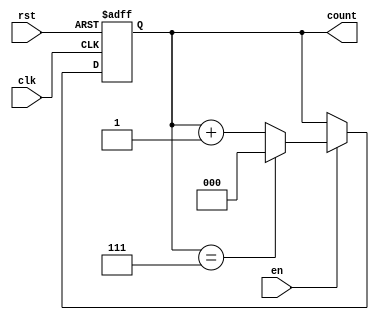
module windowed_counter #(
    parameter WINDOW_SIZE = 8  // Parameter for the window size (max count value)
)(
    input wire clk,             // Clock signal
    input wire rst,             // Asynchronous reset signal
    input wire en,              // Enable signal
    output reg [$clog2(WINDOW_SIZE)-1:0] count // Count output
);

// Asynchronous reset and counting logic
always @(posedge clk or posedge rst) begin
    if (rst) begin
        count <= 0;  // Reset count to zero
    end else if (en) begin
        if (count == WINDOW_SIZE - 1) begin
            count <= 0;  // Wrap around to zero
        end else begin
            count <= count + 1;  // Increment count
        end
    end
end

endmodule